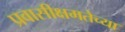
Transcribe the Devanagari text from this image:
प्रवासीक्षमतेच्या